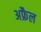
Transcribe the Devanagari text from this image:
अफ्रैल